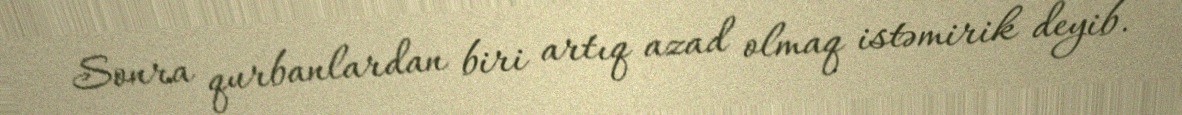
Sonra qurbanlardan biri artıq azad olmaq istəmirik deyib.